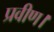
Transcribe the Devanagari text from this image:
प्रवीण।